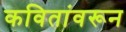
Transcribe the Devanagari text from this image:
कवितांवरून